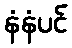
နံနံပင်